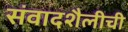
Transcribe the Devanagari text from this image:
संवादशैलीची